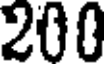
200